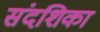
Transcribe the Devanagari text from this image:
संदशिका